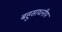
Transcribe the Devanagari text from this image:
बहुसाधनीय